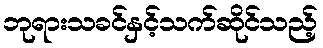
ဘုရားသခင်နှင့်သက်ဆိုင်သည့်